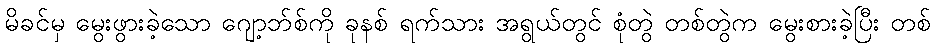
မိခင်မှ မွေးဖွားခဲ့သော ဂျော့ဘ်စ်ကို ခုနစ် ရက်သား အရွယ်တွင် စုံတွဲ တစ်တွဲက မွေးစားခဲ့ပြီး တစ်